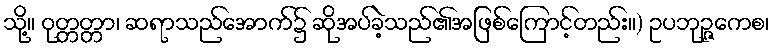
သို့။ ဝုတ္တတ္တာ၊ ဆရာသည်အောက်၌ ဆိုအပ်ခဲ့သည်၏အဖြစ်ကြောင့်တည်း။) ဥပဘုဉ္ဇကေစ၊